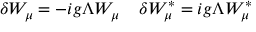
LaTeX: \delta W _ { \mu } = - i g \Lambda W _ { \mu } \; \; \; \; \delta W _ { \mu } ^ { \ast } = i g \Lambda W _ { \mu } ^ { \ast }